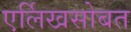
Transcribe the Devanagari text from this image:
एर्लिखसोबत